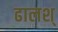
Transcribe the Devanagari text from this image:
ढालश्